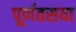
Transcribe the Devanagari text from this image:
पूर्णतसया